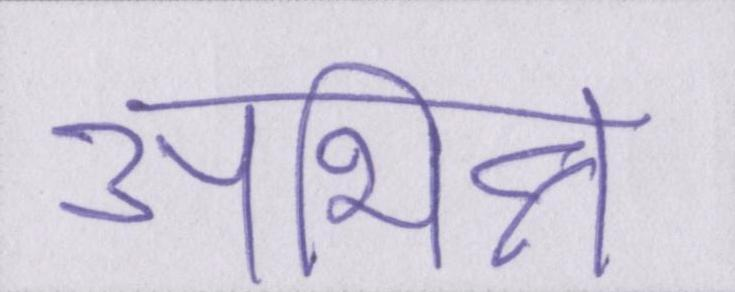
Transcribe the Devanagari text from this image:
अभिन्न